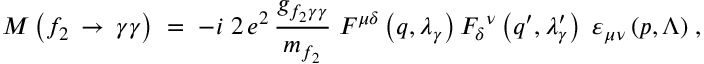
{ \cal { M } } \left( { f _ { 2 } } \, \rightarrow \, \gamma \gamma \right) \; = \; - i \; 2 \, e ^ { 2 } \, \frac { g _ { { f _ { 2 } } \gamma \gamma } } { m _ { f _ { 2 } } } \; { { \cal { F } } ^ { \mu \delta } } \left( q , \lambda _ { \gamma } \right) { { { \cal { F } } _ { \delta } } ^ { \nu } } \left( q ^ { \prime } , \lambda _ { \gamma } ^ { \prime } \right) \; { { \varepsilon } _ { \mu \nu } } \, ( p , \Lambda ) \; ,